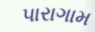
પારાગામ